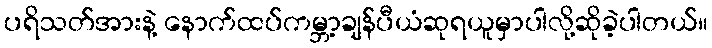
ပရိသတ်အားနဲ့ နောက်ထပ်ကမ္ဘာ့ချန်ပီယံဆုရယူမှာပါလို့ဆိုခဲ့ပါတယ်။